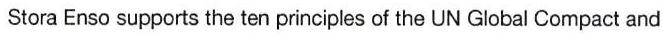
Stora Enso supports the ten principles of the UN Global Compact and